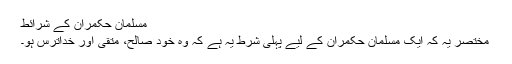
مسلمان حکمران کے شرائط
مختصر یہ کہ ایک مسلمان حکمران کے لیے پہلی شرط یہ ہے کہ وہ خود صالح، متقی اور خداترس ہو۔